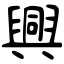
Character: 興